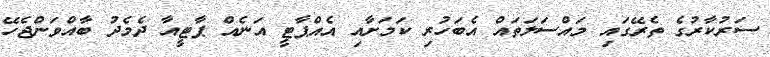
ސަރުކާރުގެ ތެރޭގައި މައްސަލަތައް އެބަހުރި ކަމަށާއި އެއްޕާޓީ އަނެއް ޕާޓީއާ ދެމެދު ބާއްވަންޖެހޭ